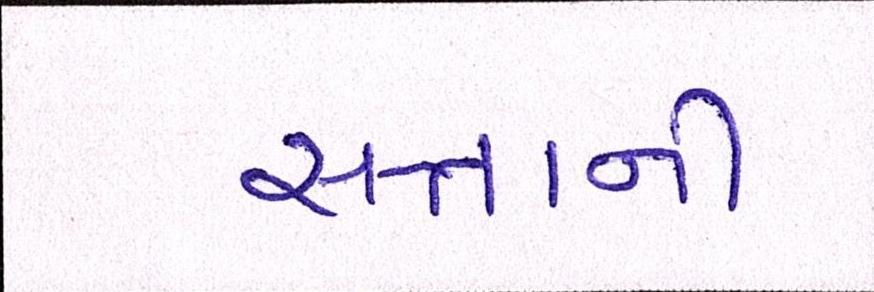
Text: સત્તાની